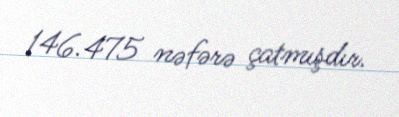
146.475 nəfərə çatmışdır.